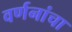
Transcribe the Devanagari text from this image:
वर्णनांचा